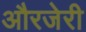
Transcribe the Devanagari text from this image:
औरजेरी